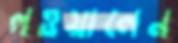
লওয়ালেন